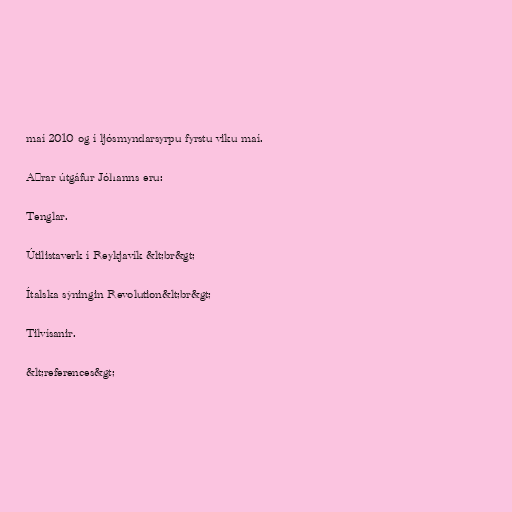
maí 2010 og í ljósmyndarsyrpu fyrstu viku maí.

Aðrar útgáfur Jóhanns eru:

Tenglar.

Útilistaverk í Reykjavík &lt;br&gt;

Ítalska sýningin Revolution&lt;br&gt;

Tilvísanir.

&lt;references&gt;